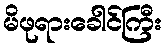
မိဖုရားခေါင်ကြီး